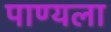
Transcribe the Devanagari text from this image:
पाण्यला